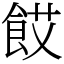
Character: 餀